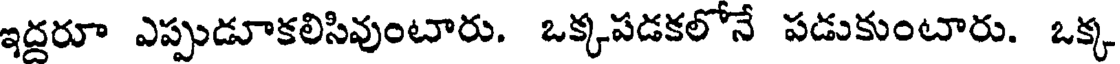
ఇద్దరూ ఎప్పుడూకలిసివుంటారు. ఒక్కపడకలోనే పడుకుంటారు. ఒక్క